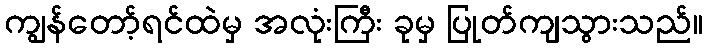
ကျွန်တော့်ရင်ထဲမှ အလုံးကြီး ခုမှ ပြုတ်ကျသွားသည်။